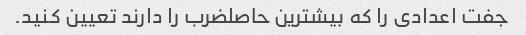
جفت اعدادی را که بیشترین حاصلضرب را دارند تعیین کنید.